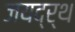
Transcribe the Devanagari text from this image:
जयद्र्थ